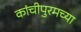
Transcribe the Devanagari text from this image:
कांचीपुरमच्या